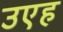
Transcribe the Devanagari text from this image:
उएह